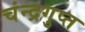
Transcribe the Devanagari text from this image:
चंन्द्रगुप्त